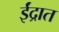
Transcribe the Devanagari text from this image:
ईंद्रात